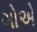
ગોએ